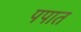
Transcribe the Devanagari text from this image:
पपात